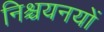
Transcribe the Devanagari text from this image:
निश्चयनयों